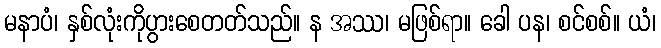
မနာပံ၊ နှစ်လုံးကိုပွားစေတတ်သည်။ န အဿ၊ မဖြစ်ရာ။ ခေါ ပန၊ စင်စစ်။ ယံ၊